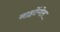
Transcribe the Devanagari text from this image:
नाइटेंगेल